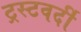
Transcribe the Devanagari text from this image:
ट्रस्टवर्दी